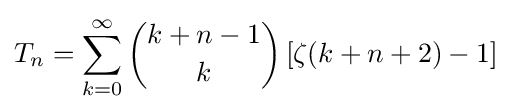
T_{n}=\sum _{k=0}^{\infty }{k+n-1 \choose k}\left[\zeta (k+n+2)-1\right]